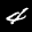
Label: 4